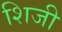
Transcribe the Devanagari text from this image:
शिजी